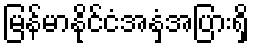
မြန်မာနိုင်ငံအနှံ့အပြားရှိ